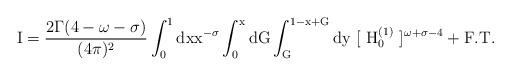
\begin{align*}\rm I = \frac{2\Gamma (4-\omega-\sigma)}{(4\pi)^2} \int^1_0 dxx^{-\sigma} \int^x_0 dG \int^{1-x+G}_G dy~[~H_0^{(1)}~]^{\omega+\sigma-4} + F.T.\end{align*}